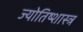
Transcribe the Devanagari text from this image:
ज्योतिष्शास्त्र